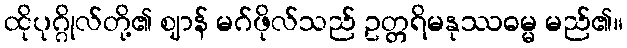
ထိုပုဂ္ဂိုလ်တို့၏ ဈာန် မဂ်ဖိုလ်သည် ဥတ္တရိမနုဿဓမ္မ မည်၏။